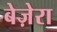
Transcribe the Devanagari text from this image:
बेज़ेरा